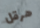
هرقل